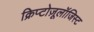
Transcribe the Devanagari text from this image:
क्रिप्टोज़ूलॉजिस्ट